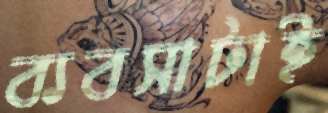
ব্যবসাটাই